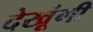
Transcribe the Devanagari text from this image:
देखूंगी